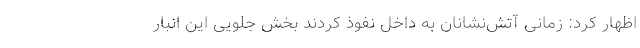
اظهار کرد: زمانی آتش‌نشانان به داخل نفوذ کردند بخش جلویی این انبار